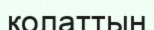
қолаттың